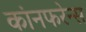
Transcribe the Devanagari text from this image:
कांनफरेन्स